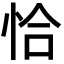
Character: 恰